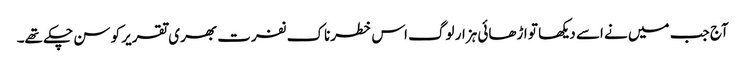
آج جب میں نے اسے دیکھا تو اڑھائی ہزار لوگ اس خطرناک نفرت بھری تقریر کو سن چکے تھے۔